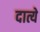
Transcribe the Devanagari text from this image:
दात्ये